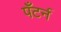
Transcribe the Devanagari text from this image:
पँटर्न